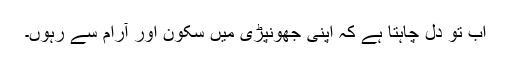
اب تو دل چاہتا ہے کہ اپنی جھونپڑی میں سکون اور آرام سے رہوں۔